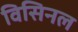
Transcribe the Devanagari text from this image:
विसिनल